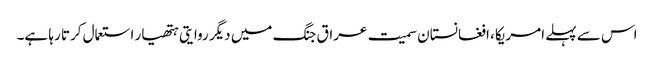
اس سے پہلے امریکا، افغانستان سمیت عراق جنگ میں دیگر روایتی ہتھیار استعمال کرتا رہا ہے۔